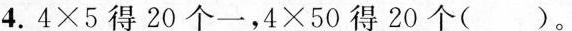
4.$$4 × 5$$得20个一，$$4 × 5 0$$得20个()。